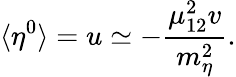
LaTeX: \langle\eta^{0}\rangle=u\simeq-{\frac{\mu_{12}^{2}v}{m_{\eta}^{2}}}.